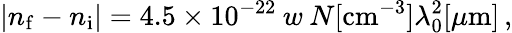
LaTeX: |n_{\mathrm{f}}-n_{\mathrm{i}}|=4.5\times 10^{-22}\: w\: N[\mathrm{cm}^{-3}]\lambda_{0}^{2}[\mu\mathrm{m}]\, ,